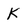
Character: K